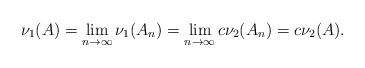
LaTeX: \begin{align*}\nu_1(A) = \lim_{n \rightarrow \infty} \nu_1(A_n) = \lim_{n \rightarrow \infty} c\nu_2(A_n) = c \nu_2(A).\end{align*}